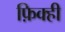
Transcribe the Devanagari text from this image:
फ़िक्ही